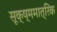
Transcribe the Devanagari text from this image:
सूक्ष्ममात्रिक